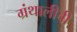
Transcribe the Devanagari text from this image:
ग्रंथालीची